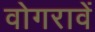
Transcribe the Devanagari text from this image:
वोगरावें